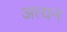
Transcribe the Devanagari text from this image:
अत्यन